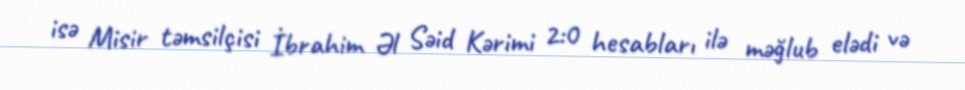
isə Misir təmsilçisi İbrahim Əl Səid Kərimi 2:0 hesabları ilə məğlub elədi və